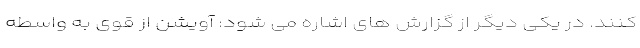
کنند. در یکی دیگر از گزارش های اشاره می شود: آویشن از قوی به واسطه